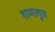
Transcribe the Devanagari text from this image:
शमलुघ